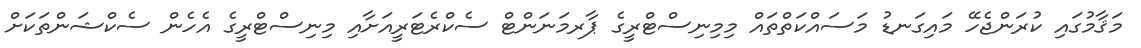
މަޤާމުގައި ކުރަންޖެހޭ މައިގަނޑު މަސައްކަތްތައް މިމިނިސްޓްރީގެ ޕާރމަނަންޓް ސެކްރެޓަރީއަށާއި މިނިސްޓްރީގެ އެހެން ސެކްޝަންތަކަށް